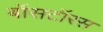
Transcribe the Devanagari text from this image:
बॉसटॉरस